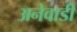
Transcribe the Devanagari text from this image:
अनेवाडी